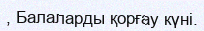
, Балаларды қорғау күні.